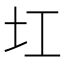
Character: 𡉎